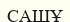
САШҰ